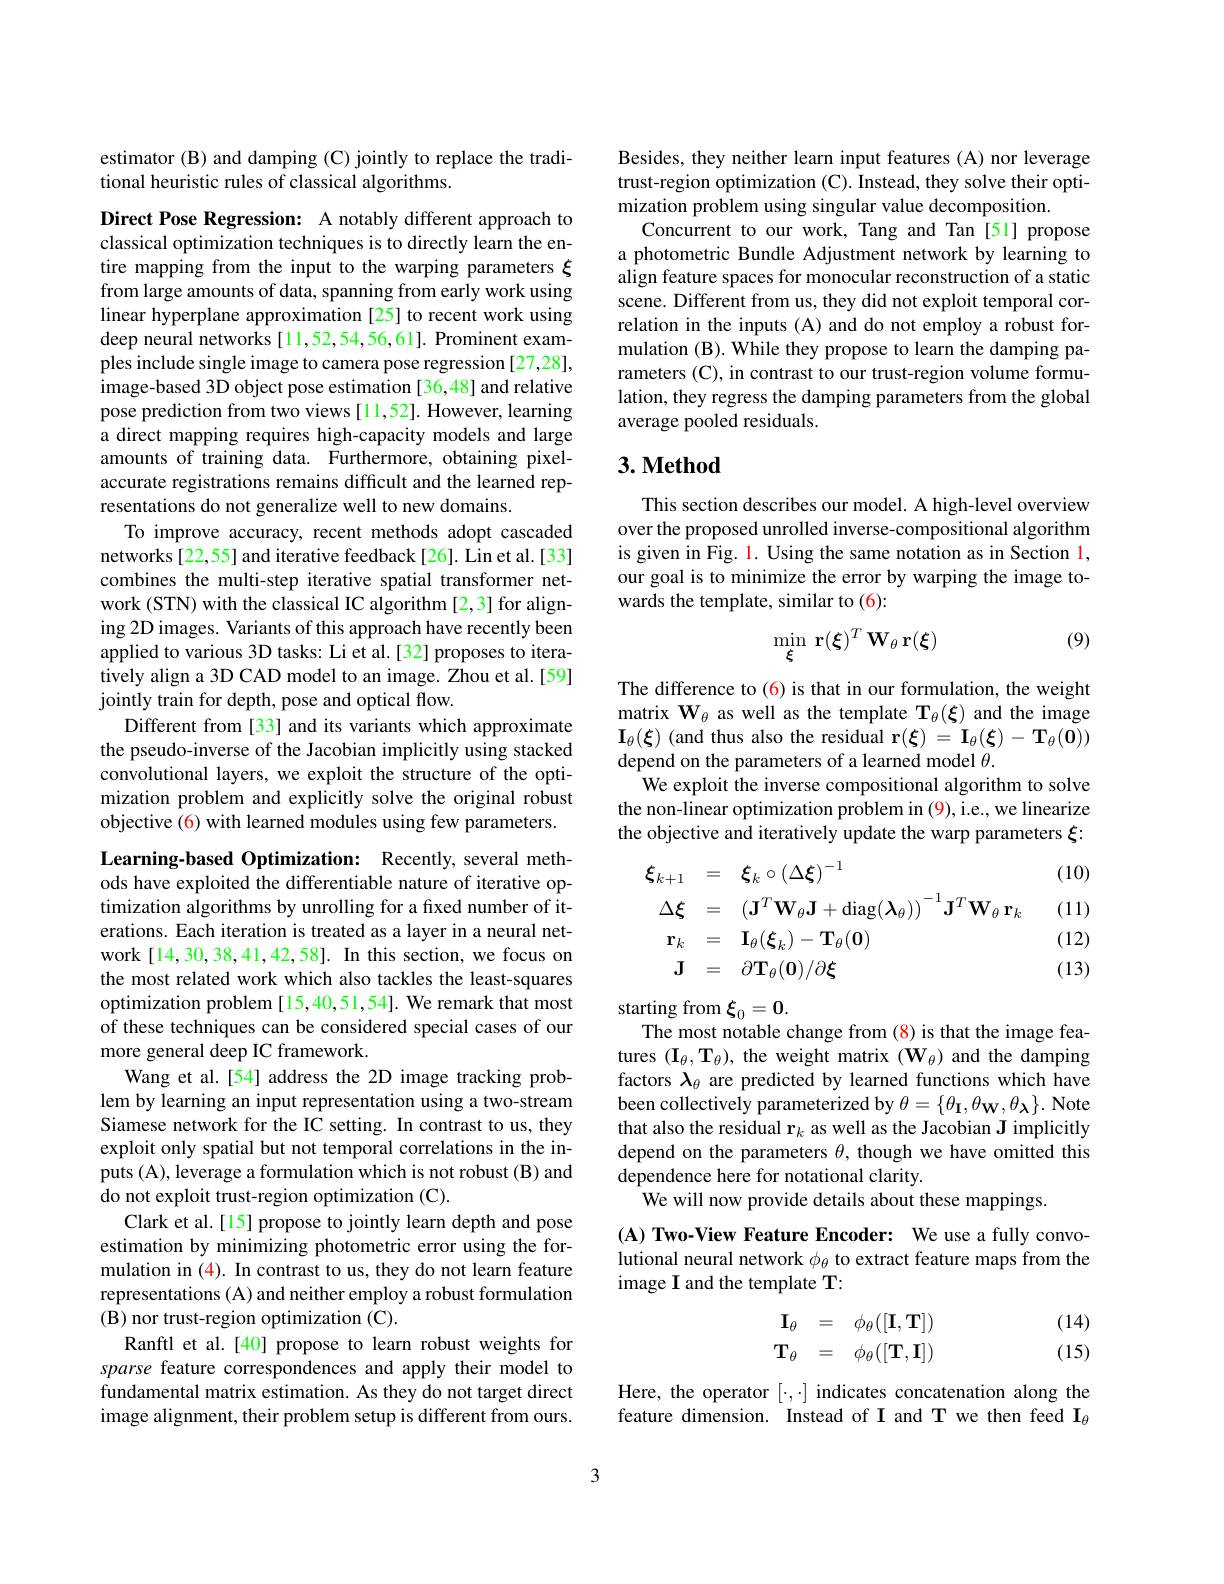
estimator (B) and damping (C) jointly to replace the tradi-
tional heuristic rules of classical algorithms.

Direct Pose Regression: A notably different approach to classical optimization techniques is to directly learn the entire mapping from the input to the warping parameters $\xi$ from large amounts of data, spanning from early work using linear hyperplane approximation [25] to recent work using deep neural networks[11,52,54,56,61]. Prominent examples include single image to camera pose regression [27,28], image-based 3D object pose estimation [36,48] and relative pose prediction from two views [11,52]. However, learning a direct mapping requires high-capacity models and large amounts of training data. Furthermore, obtaining pixelaccurate registrations remains difficult and the learned representations do not generalize well to new domains.
To improve accuracy, recent methods adopt cascaded networks[22,55] and iterative feedback[26]. Lin et al.[33] combines the multi-step iterative spatial transformer network (STN) with the classical IC algorithm [2,3] for aligning 2D images. Variants of this approach have recently been applied to various 3D tasks: Li et al.[32] proposes to iteratively align a 3D CAD model to an image. Zhou et al.[59] jointly train for depth, pose and optical flow.
Different from [33] and its variants which approximate the pseudo-inverse of the Jacobian implicitly using stacked convolutional layers, we exploit the structure of the optimization problem and explicitly solve the original robust objective (6) with learned modules using few parameters. Learning-based Optimization: Recently, several meth-

ods have exploited the differentiable nature of iterative optimization algorithms by unrolling for a fixed number of iterations. Each iteration is treated as a layer in a neural network [14,30,38,41,42,58]. In this section, we focus on the most related work which also tackles the least-squares optimization problem [15,40,51,54]. We remark that most of these techniques can be considered special cases of our more general deep IC framework.
Wang et al.[54] address the 2D image tracking problem by learning an input representation using a two-stream Siamese network for the IC setting. In contrast to us, they exploit only spatial but not temporal correlations in the inputs (A), leverage a formulation which is not robust (B) and do not exploit trust-region optimization (C).
Clark et al.[15] propose to jointly learn depth and pose estimation by minimizing photometric error using the formulation in (4). In contrast to us, they do not learn feature representations (A) and neither employ a robust formulation ( B) nor trust- region optimization ( C) .
Ranftl et al.[40] propose to learn robust weights for sparse feature correspondences and apply their model to fundamental matrix estimation. As they do not target direct image alignment, their problem setup is different from ours.

Besides, they neither learn input features (A) nor leverage trust-region optimization (C). Instead, they solve their optimization problem using singular value decomposition.
Concurrent to our work, Tang and Tan[51] propose a photometric Bundle Adjustment network by learning to align feature spaces for monocular reconstruction of a static scene. Different from us, they did not exploit temporal correlation in the inputs (A) and do not employ a robust formulation (B). While they propose to learn the damping parameters (C), in contrast to our trust-region volume formulation, they regress the damping parameters from the global average pooled residuals.

### $3. \textbf{Method}$

This section describes our model. A high-level overview over the proposed unrolled inverse-compositional algorithm is given in Fig. 1. Using the same notation as in Section l, our goal is to minimize the error by warping the image towards the template, similar to (6):

(9)
$$\min_{\boldsymbol{\xi}}\:\mathbf{r}(\boldsymbol{\xi})^T\:\mathbf{W}_\theta\:\mathbf{r}(\boldsymbol{\xi})$$
The difference to (6) is that in our formulation, the weight matrix $\mathbf{W}_\theta$ as well as the template $\mathbf{T}_\theta(\boldsymbol{\xi})$ and the image $\mathbf{I}_{\theta}(\boldsymbol{\xi})$ (and thus also the residual r$(\boldsymbol\xi)=\mathbf{I}_{\theta}(\boldsymbol{\xi})-\mathbf{T}_{\theta}(\boldsymbol{0}))$ depend on the parameters of a learned model $\theta.$
We exploit the inverse compositional algorithm to solve the non-linear optimization problem in (9), i.e., we linearize the objective and iteratively update the warp parameters $\xi$:

(10)

(11)
$$\begin{aligned}&\boldsymbol{\xi}_{k+1}&&=\quad\boldsymbol{\xi}_{k}\circ(\Delta\boldsymbol{\xi})^{-1}\\&\Delta\boldsymbol{\xi}&&=\quad(\mathbf{J}^T\mathbf{W}_\theta\mathbf{J}+\mathrm{diag}(\boldsymbol{\lambda}_\theta))^{-1}\mathbf{J}^T\mathbf{W}_\theta\:\mathbf{r}_k\\&\mathbf{r}_{k}&&=\quad\mathbf{I}_{\theta}(\boldsymbol{\xi}_{k})-\mathbf{T}_{\theta}(\mathbf{0})\\&\mathbf{J}&&=\quad\partial\mathbf{T}_{\theta}(\mathbf{0})/\partial\boldsymbol{\xi}\end{aligned}$$
(12)

(13)

$\operatorname{starting}\operatorname{from}\xi_0=\mathbf{0}.$
The most notable change from (8) is that the image features $(\mathbf{I}_\theta,\mathbf{T}_\theta)$, the weight matrix $(\mathbf{W}_\theta)$ and the damping factors $\lambda_\theta$ are predicted by learned functions which have been collectively parameterized by $\theta=\{\theta_{\mathbf{I}},\theta_{\mathbf{W}},\theta_{\mathbf{\lambda}}\}.$ Note that also the residual r$_k$ as well as the Jacobian J implicitly depend on the parameters $\theta$, though we have omitted this dependence here for notational clarity.
We will now provide details about these mappings.

(A) Two-View Feature Encoder: We use a fully convolutional neural network $\phi_\theta$ to extract feature maps from the image I and the template T:
$$\begin{array}{rcl}\mathbf{I}_\theta&=&\phi_\theta([\mathbf{I},\mathbf{T}])\\\mathbf{T}_\theta&=&\phi_\theta([\mathbf{T},\mathbf{I}])\end{array}$$
(14) (15)

Here, the operator $[\cdot,\cdot]$ indicates concatenation along the feature dimension. Instead of I and T we then feed I$_{\theta}$

3